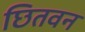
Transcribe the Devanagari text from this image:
छितवन